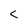
Character: C